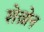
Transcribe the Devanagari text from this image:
शेव्रोन